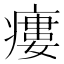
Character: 瘻